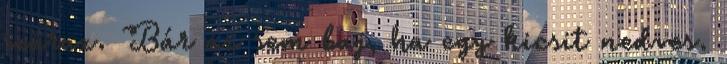
száraz. Bár az sem baj, ha egy kicsit nedves.